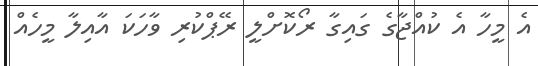
އެ މީހާ އެ ކުއްޖާގެ ގައިގާ ރޯކޮށްލީ ރޭޕްކުރި ވާހަކަ އާއިލާ މީހެއް